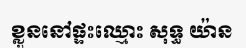
ខ្លួននៅផ្ទះឈ្មោះ សុទ្ធ យ៉ាន